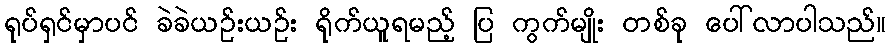
ရုပ်ရှင်မှာပင် ခဲခဲယဉ်းယဉ်း ရိုက်ယူရမည့် ပြ ကွက်မျိုး တစ်ခု ပေါ်လာပါသည်။